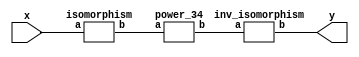
`timescale 1ns/100ps
module SMS32_34_np_5_3(x,y);
	 input [5:0] x;
	 output [5:0] y;
	 wire [5:0] w;
	 wire [5:0] p;
	 isomorphism C2 (x,w);
	 power_34 C3 (w,p);
	 inv_isomorphism C4 (p,y);
endmodule

module add_base(a,b,c);
	 input [2:0] a;
	 input [2:0] b;
	 output [2:0] c;
	 assign c[0]=a[0]^b[0];
	 assign c[1]=a[1]^b[1];
	 assign c[2]=a[2]^b[2];
endmodule

module constant_multiplication_base_0(a,b);
	 input [2:0] a;
	 output [2:0] b;
	 assign b[0]=0;
	 assign b[1]=0;
	 assign b[2]=0;
endmodule

module constant_multiplication_base_1(a,b);
	 input [2:0] a;
	 output [2:0] b;
	 assign b[0]=a[0];
	 assign b[1]=a[1];
	 assign b[2]=a[2];
endmodule

module constant_multiplication_base_2(a,b);
	 input [2:0] a;
	 output [2:0] b;
	 assign b[0]=a[2];
	 assign b[1]=a[0];
	 assign b[2]=a[1]^a[2];
endmodule

module constant_multiplication_base_3(a,b);
	 input [2:0] a;
	 output [2:0] b;
	 assign b[0]=a[1]^a[2];
	 assign b[1]=a[2];
	 assign b[2]=a[0]^a[1]^a[2];
endmodule

module constant_multiplication_base_4(a,b);
	 input [2:0] a;
	 output [2:0] b;
	 assign b[0]=a[0]^a[1]^a[2];
	 assign b[1]=a[1]^a[2];
	 assign b[2]=a[0]^a[1];
endmodule

module constant_multiplication_base_5(a,b);
	 input [2:0] a;
	 output [2:0] b;
	 assign b[0]=a[0]^a[1];
	 assign b[1]=a[0]^a[1]^a[2];
	 assign b[2]=a[0]^a[2];
endmodule

module constant_multiplication_base_6(a,b);
	 input [2:0] a;
	 output [2:0] b;
	 assign b[0]=a[0]^a[2];
	 assign b[1]=a[0]^a[1];
	 assign b[2]=a[1];
endmodule

module constant_multiplication_base_7(a,b);
	 input [2:0] a;
	 output [2:0] b;
	 assign b[0]=a[1];
	 assign b[1]=a[0]^a[2];
	 assign b[2]=a[0];
endmodule

module multiplication_base(a,b,c);
	 input [2:0] a;
	 input [2:0] b;
	 output [2:0] c;
	 assign c[0]=(a[0]&b[0])^(a[1]&b[2])^(a[2]&b[1])^(a[2]&b[2]);
	 assign c[1]=(a[0]&b[1])^(a[1]&b[0])^(a[2]&b[2]);
	 assign c[2]=(a[2]&b[0])^(a[1]&b[1])^(a[0]&b[2])^(a[1]&b[2])^(a[2]&b[1])^(a[2]&b[2]);
endmodule

module square_base(a,b);
	 input [2:0] a;
	 output[2:0] b;
	 assign b[0]=a[0]^a[2];
	 assign b[1]=a[2];
	 assign b[2]=a[1]^a[2];
endmodule

module four_base(a,b);
	 input [2:0] a;
	 output[2:0] b;
	 assign b[0]=a[0]^a[1];
	 assign b[1]=a[1]^a[2];
	 assign b[2]=a[1];
endmodule

module six_base(a,b);
	 input [2:0] a;
	 output [2:0] b;
	 assign b[0]=a[0]^a[2]^(a[0]&a[1])^(a[0]&a[2])^(a[1]&a[2]);
	 assign b[1]=a[1]^a[2]^(a[0]&a[1])^(a[1]&a[2]);
	 assign b[2]=a[1]^(a[0]&a[2])^(a[1]&a[2]);
endmodule

module power_34(a,b);
	 input [5:0] a;
	 output [5:0] b;
	 wire [2:0] x_0;
	 wire [2:0] x_1;
	 wire [2:0] x_2;
	 wire [2:0] x_3;
	 wire [2:0] x_4;
	 wire [2:0] x_5;
	 wire [2:0] y_0;
	 wire [2:0] y_1;
	 wire [2:0] y_2;
	 wire [2:0] y_3;
	 wire [2:0] z_00;
	 wire [2:0] z_01;
	 wire [2:0] z_02;
	 wire [2:0] z_10;
	 wire [2:0] z_11;
	 wire [2:0] z_12;
	 wire [2:0] w_00;
	 wire [2:0] w_01;
	 wire [2:0] w_02;
	 wire [2:0] w_03;
	 wire [2:0] w_10;
	 wire [2:0] w_11;
	 wire [2:0] w_12;
	 wire [2:0] w_13;
	 assign x_0[0]=a[0];
	 assign x_0[1]=a[1];
	 assign x_0[2]=a[2];
	 assign x_1[0]=a[3];
	 assign x_1[1]=a[4];
	 assign x_1[2]=a[5];
	 six_base A1 (x_0,y_0);
	 six_base A2 (x_1,y_3);
	 square_base  A3 (x_0,x_2);
	 square_base A4 (x_1,x_3);
	 four_base  A5 (x_0,x_4);
	 four_base A6 (x_1,x_5);
	 multiplication_base A7 (x_2,x_5,y_1);
	 multiplication_base A8 (x_3,x_4,y_2);
	 constant_multiplication_base_7 MC00 (y_0,w_00);
	 constant_multiplication_base_3 MC01 (y_1,w_01);
	 constant_multiplication_base_2 MC02 (y_2,w_02);
	 constant_multiplication_base_4 MC03 (y_3,w_03);
	 constant_multiplication_base_4 MC10 (y_0,w_10);
	 constant_multiplication_base_2 MC11 (y_1,w_11);
	 constant_multiplication_base_3 MC12 (y_2,w_12);
	 constant_multiplication_base_7 MC13 (y_3,w_13);
	 add_base B00 (w_00,w_01,z_00);
	 add_base B01 (w_02,w_03,z_01);
	 add_base B02 (z_00,z_01,z_02);
	 add_base B10 (w_10,w_11,z_10);
	 add_base B11 (w_12,w_13,z_11);
	 add_base B12 (z_10,z_11,z_12);
	 assign b[0]=z_02[0];
	 assign b[1]=z_02[1];
	 assign b[2]=z_02[2];
	 assign b[3]=z_12[0];
	 assign b[4]=z_12[1];
	 assign b[5]=z_12[2];
endmodule

module inv_isomorphism(a,b);
	 input [5:0] a;
	 output [5:0] b;
	 assign b[0]=a[0]^a[1]^a[3]^a[5];
	 assign b[1]=a[0]^a[2]^a[3]^a[4]^a[5];
	 assign b[2]=a[1]^a[2]^a[3]^a[4]^a[5];
	 assign b[3]=a[0]^a[2]^a[3];
	 assign b[4]=a[0]^a[1]^a[2];
	 assign b[5]=a[3];
endmodule

module isomorphism(a,b);
	 input [5:0] a;
	 output [5:0] b;
	 assign b[0]=a[0]^a[1]^a[2]^a[3]^a[4];
	 assign b[1]=a[0]^a[1]^a[3]^a[4];
	 assign b[2]=a[1]^a[3]^a[4];
	 assign b[3]=a[2]^a[3]^a[5];
	 assign b[4]=a[0]^a[1]^a[2]^a[3];
	 assign b[5]=a[0]^a[5];
endmodule